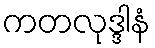
ကတလုဒ္ဒါနံ